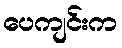
ပေကျင်းက